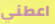
اعطني